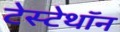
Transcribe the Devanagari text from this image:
टेस्टेथॉन